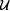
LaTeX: \scriptscriptstyle\mathcal{U}